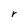
Character: r